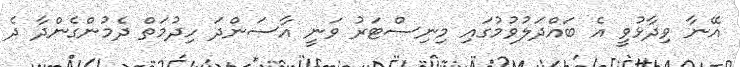
އޭނާ ވިދާޅުވީ އެ ބައްދަލުވުމުގައި މިނިސްޓަރު ވަނީ އާސަންދަ ހިދުމަތް ދެމުންގެންދާ ދެ